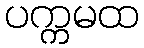
ပက္ကမထ